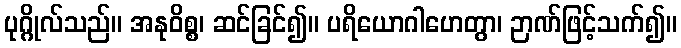
ပုဂ္ဂိုလ်သည်။ အနုဝိစ္စ၊ ဆင်ခြင်၍။ ပရိယောဂါဟေတွာ၊ ဉာဏ်ဖြင့်သက်၍။